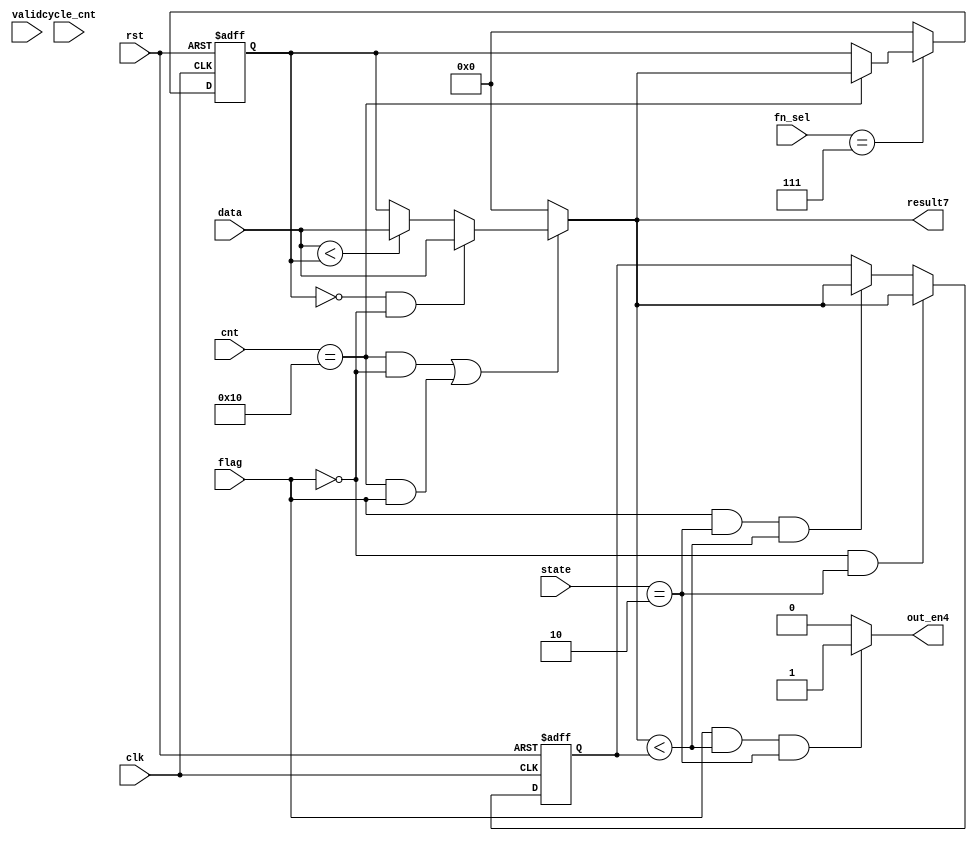

module filter7( clk, rst, fn_sel,cnt,data,state,valid,flag,cycle_cnt,result7,out_en4);
input          clk;
input          rst;
input  [2:0]   fn_sel;
input  [5:0]   cnt;
input  [127:0]   data;
input  [2:0]     state;
input            valid;
input            flag;
input    [7:0] cycle_cnt;
output reg[127:0] result7;
output reg         out_en4;




reg[127:0] temp,temp_min;






always@(posedge clk or posedge rst)begin
    if(rst)begin
        temp<=0;
    end
    else begin
        if(fn_sel==3'b111)begin
           if(cnt==16)begin
                temp<=result7;
           end
           else begin
               temp<=temp;
           end
        end
        else begin
            temp<=0;
        end
    end
end



always@(posedge clk or posedge rst)begin
    if(rst)begin
        temp_min<=0;
    end
    else begin
        if(flag==0 & state == 3'b010)begin
            temp_min<=result7;
        end
        else if(flag==1 & state == 3'b010 & result7<temp_min)begin
            temp_min<=result7;
        end
        else begin
            temp_min<=temp_min;
        end
    end
end



always@(*)begin
    if((cnt==16 & flag==0) | (cnt==16 & flag==1))begin
        if(temp==0 & flag==0)begin
            result7=data;
        end
        else if(data<temp)begin
            result7=data;
        end
        else begin
            result7=temp;
        end
    end
    else begin
        result7=0;
    end
end



always@(*)begin
    if(flag==1 & result7<temp_min & state == 3'b010)begin
        out_en4 = 1;
    end
    else begin
        out_en4 = 0;
    end
end



endmodule